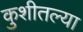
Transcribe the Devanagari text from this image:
कुशीतल्या